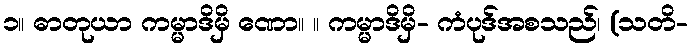
၁။ ဓာတုယာ ကမ္မာဒိမှိ ဏော။ ။ ကမ္မာဒိမှိ- ကံပုဒ်အစသည်၊ (သတိ-